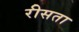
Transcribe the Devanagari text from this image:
रीसता